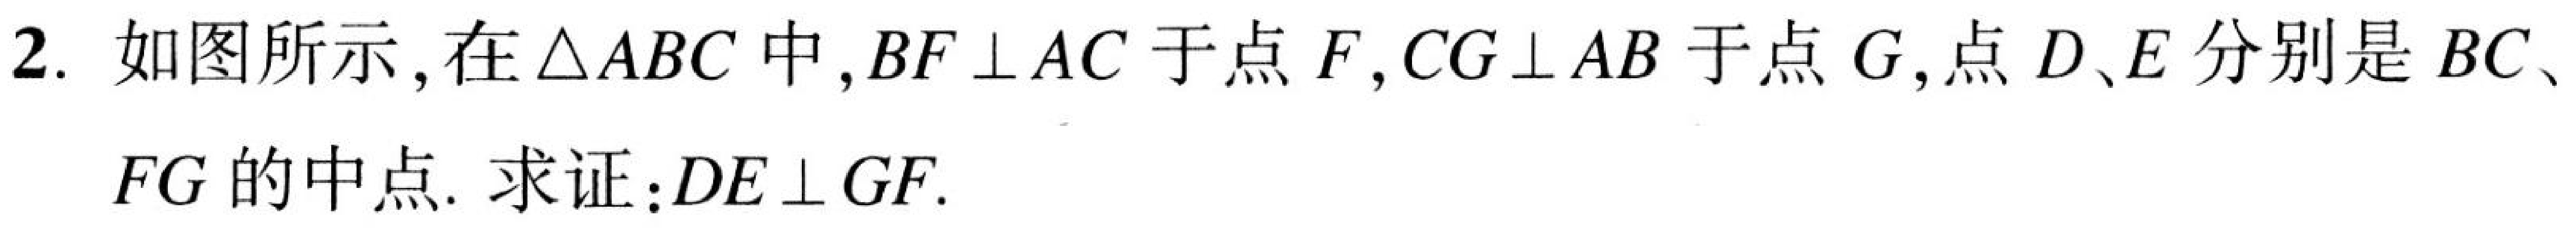
2. 如图所示，在\(\triangle ABC\)中，\(BF\perp AC\)于点\(F\)，\(CG\perp AB\)于点\(G\)，点\(D、E\)分别是\(BC\)、\(FG\)的中点. 求证：\(DE\perp GF\).